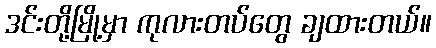
ဒင်းတို့မြို့မှာ ကုလားတပ်တွေ ချထားတယ်။